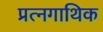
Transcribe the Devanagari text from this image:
प्रत्नगाथिक